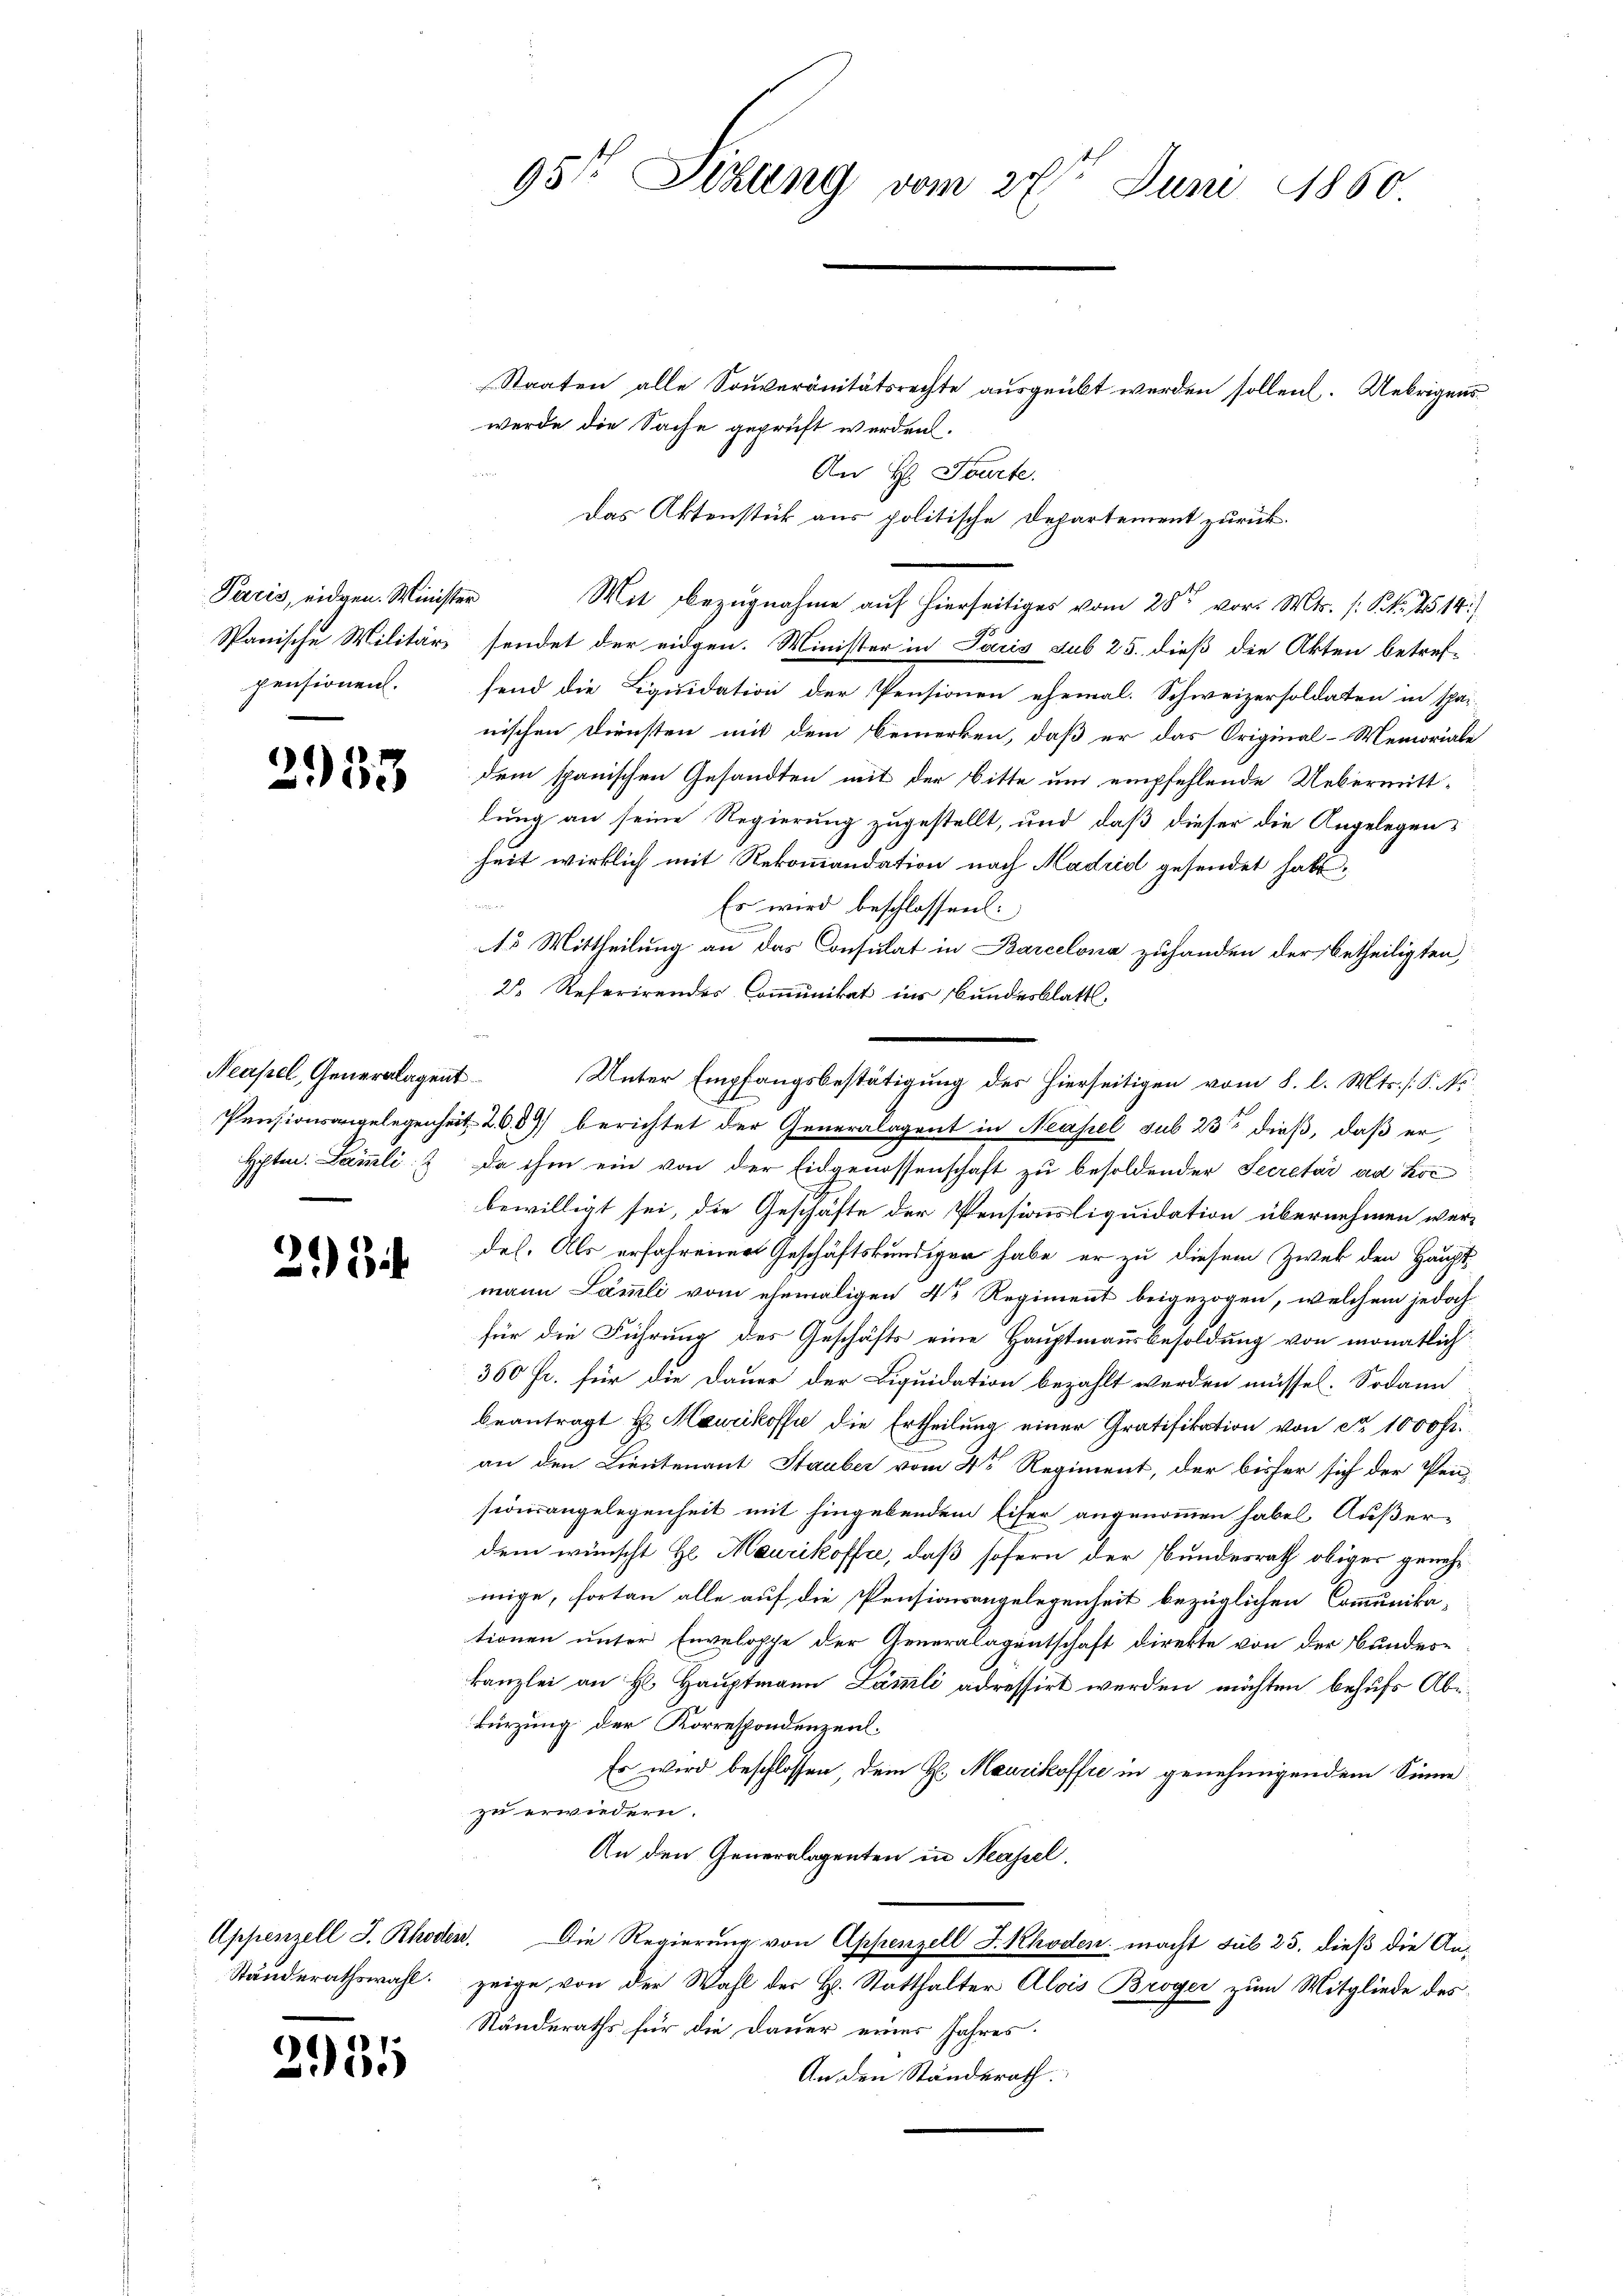
Paris, eidgen. Minister
pensionen.

2933.

Neapel, Generalagent

23

2935

Staaten alle Souveränitätsrechte ausgeübt werden sollen. Uebrigens
werde die Sache geprüft werden.
An H. Tourte.
Das Aktenstück aus politische Departement zurück.
Mit Bezugnahme auf hierseitiges vom 28ten vor. Mts. (S. 4514)
Spanische Militär sendet der eidgen. Minister in Paris sub 25. dieß die Akten betref-
fend die Liquidation der Pensionen ehemal. Schweizersoldaten in spai-
nischen Diensten mit dem Bemerken, daß er das Original-Memoriale
dem spanischen Gesandten mit der Bitte um empfehlende Uebermitt-
lung an seine Regierung zugestellt, und daß dieser die Angelegens
heit wirklich mit Rekommandation nach Hadrid gesendet habe,
u
Es wird beschlossen:
n
s Mittheilung an das Consulat in Barcelona zuhanden der betheiligten,
2. Referirendes Communikat ins Bundesblatt.
Pensionsangelegenheit 2089) berichtet der Generalagent in Neapel sub 23ste dieß, daß er
Hpten. Samli & da ihm ein von der Eidgenossenschaft zu besoldender Secretär ad hoc
bewilligt sei, die Geschäfte der Pensionsliquidation übernehmen werdes. Als erfahrener Geschäftskundiger habe er zu diesem Zwek den Hauptmann Lämmli vom ehemaligen 4 Regiment beigezogen, welchem jedoch
für die Führung des Geschäfts eine Hauptmausbesoldung von monatlich
360 fr. für die Dauer der Liquidation bezahlt werden müssel. Sodann
beantragt H. Heurikoffe die Ertheilung einer Gratifikation von No 1000 Fr.
an den Lieutenant Stauber vom 4ten Regiment, der bisher sich der Pen-
sionsangelegenheit mit hingebendem Eifer angenommen habel Außer-
dem wünscht Hr. Maurikoffte, daß sofern der Bundesrath obiger genehmige, fortan alle auf die Pensionsangelegenheit bezüglichen Communika-
tionen unter Enveloppe der Generalagentschaft direkte von der Bundeskanzlei an H. Hauptmann Lämmli adressirt werden möchten behufs Abi-
kürzung der Korrespondenzen.
Es wird beschlossen, dem H. Maurikoffre in genehmigendem Sinne
zu erwiedern.
An den Generalagenten in Neapel.
Appenzell S. Rhoden. Die Regierung von Appenzell S. Rhoden macht sub 25, dieß die An¬
Ständerathswahl zeige, von der Wahl der H. Statthalter Alois Broyer zum Mitgliede des
Ständeraths für die Dauer eines Jahres
An den Ständerath

95te Situng vom 27t Juni 1850
s

Unter Empfangsbestätigung des hierseitigen vom 8. l. Mts. /: P. Nr.